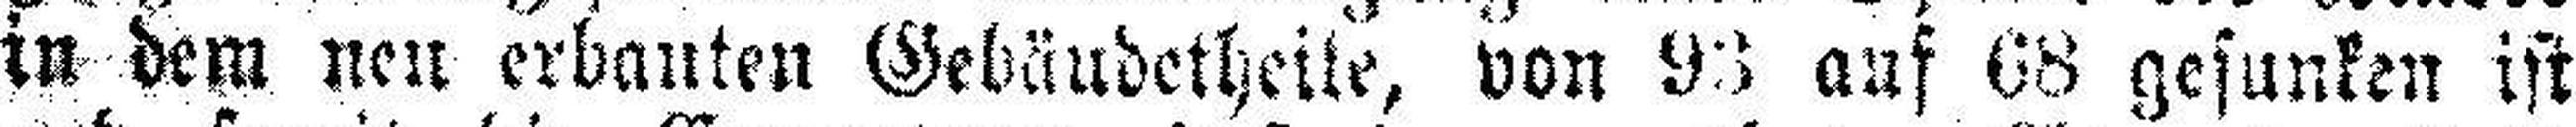
in dem neu erbauten Gebäudetheile, von 93 auf 68 gesunken ist